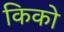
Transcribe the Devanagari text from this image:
किको